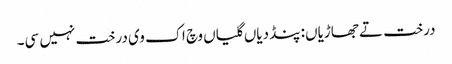
درخت تے جھاڑیاں: پنڈ دیاں گلیاں وچ اک وی درخت نہیں سی۔